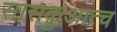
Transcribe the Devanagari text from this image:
सासक़ुआत्च